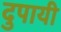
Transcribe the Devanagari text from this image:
दुपायी